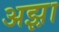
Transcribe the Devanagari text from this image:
अझ़ा